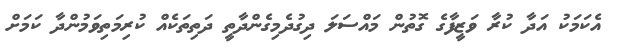
އެކަމަކު އަދާ ކުރާ ވަޒީފާގެ ގޮތުން މައްސަލަ ދިގުދެމިގެންދާތީ ދަތިތަކެއް ކުރިމަތިވަމުންދާ ކަމަށް